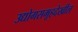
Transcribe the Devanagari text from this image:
उद्योगसमूहदेखील